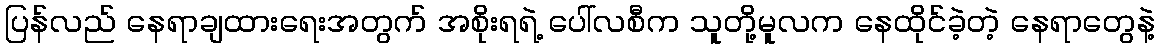
ပြန်လည် နေရာချထားရေးအတွက် အစိုးရရဲ့ ပေါ်လစီက သူတို့မူလက နေထိုင်ခဲ့တဲ့ နေရာတွေနဲ့